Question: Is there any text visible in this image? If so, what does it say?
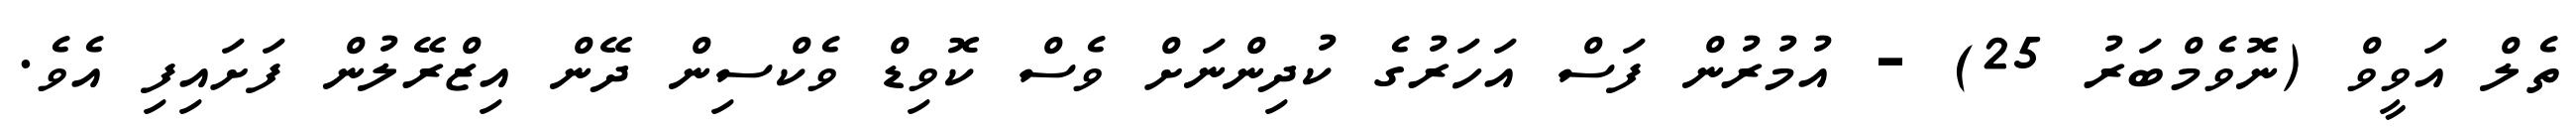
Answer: ތެލް އަވީވް (ނޮވެމްބަރު 25) - އުމުރުން ފަސް އަހަރުގެ ކުދިންނަށް ވެސް ކޮވިޑް ވެކްސިން ދޭން އިޒްރޭލުން ފަށައިފި އެވެ.